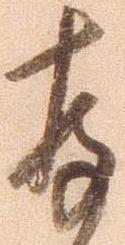
存